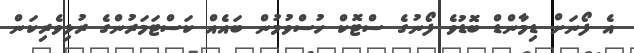
އެ ފޯނަށް ޑިމާންޑް ބޮޑުވެ ފޯނުގެ ސްޓޮކް ހުސްވުމުން ބައެއް ކަސްޓަމަރުންގެ ރުޅިވެރިކަން